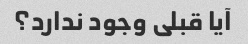
آیا قبلی وجود ندارد؟